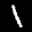
Label: 1